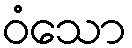
ဝံသော